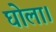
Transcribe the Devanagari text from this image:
घोला।